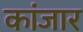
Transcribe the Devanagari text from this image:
कांजार